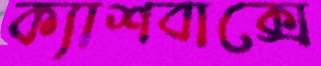
ক্যাশবাক্সে